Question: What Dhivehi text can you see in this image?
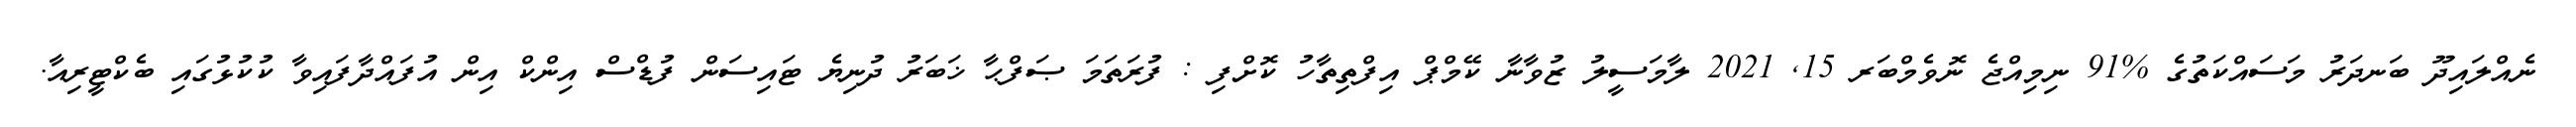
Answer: ނެއްލައިދޫ ބަނދަރު މަސައްކަތުގެ %91 ނިމިއްޖެ ނޮވެމްބަރ 15, 2021 ލާމަސީލު ޒުވާނާ ކޭމްޕް އިފްތިތާހު ކޮށްފި : ފުރަތަމަ ޞަފްޙާ ޚަބަރު ދުނިޔެ ޓައިސަން ފުޑްސް އިންކް އިން އުފައްދާފައިވާ ކުކުޅުގައި ބެކްޓީރިއާ.